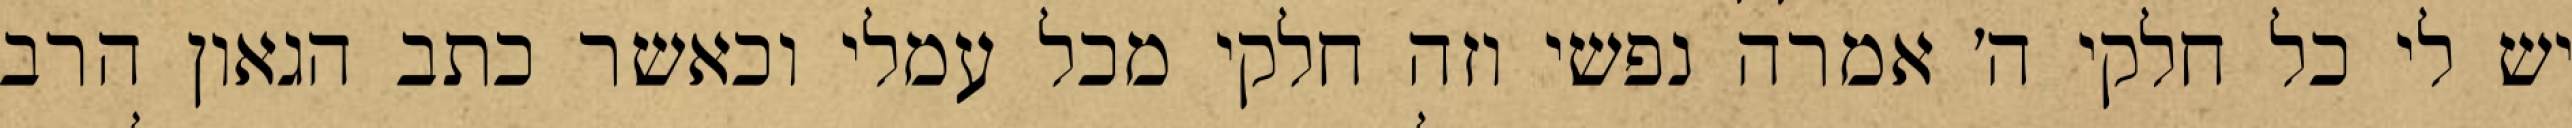
יש לי כל חלקי ה׳ אמרה נפשי וזה חלקי מכל עמלי וכאשר כתב הגאון הרב